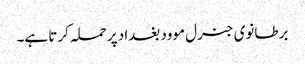
برطانوی جنرل موود بغداد پر حملہ کرتا ہے۔